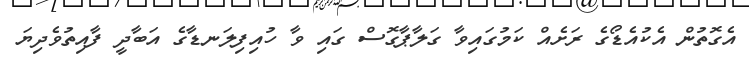
އެގޮތުން އެކުއެޑޯގެ ރަށެއް ކަމުގައިވާ ގަލާޕާގޮސް ގައި ވާ ހުއިފިލަނޑާގެ އަބާދީ ފާއިތުވެދިޔަ